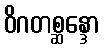
ဝိဂတစ္ဆန္ဒော